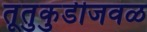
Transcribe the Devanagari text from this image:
तूतुकुडीजवळ